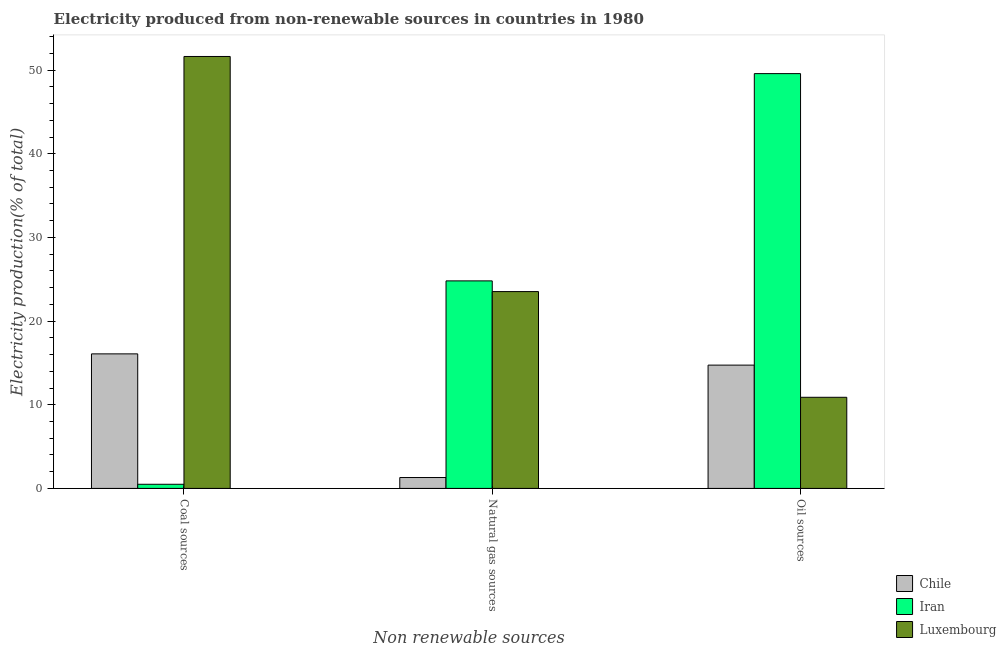
| Non renewable sources | Chile | Iran | Luxembourg |
 | --- | --- | --- | --- |
 | Coal sources | 16.1 | 0.496 | 51.6 |
 | Natural gas sources | 1.3 | 24.8 | 23.5 |
 | Oil sources | 14.7 | 49.6 | 10.9 |